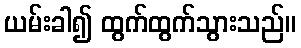
ယမ်းခါ၍ ထွက်ထွက်သွားသည်။